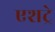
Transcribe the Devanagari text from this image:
एशट्रे